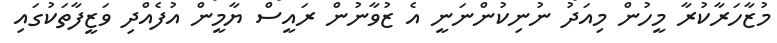
މުޒާހަރާކުރާ މީހުން މިއަދު ނުނިކުންނަނީ އެ ޒުވާނުން ރައީސް ޔާމީން އުފެއްދި ވަޒީފާތަކުގައި